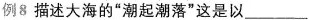
例8描述大海的”潮起潮落”这是以___